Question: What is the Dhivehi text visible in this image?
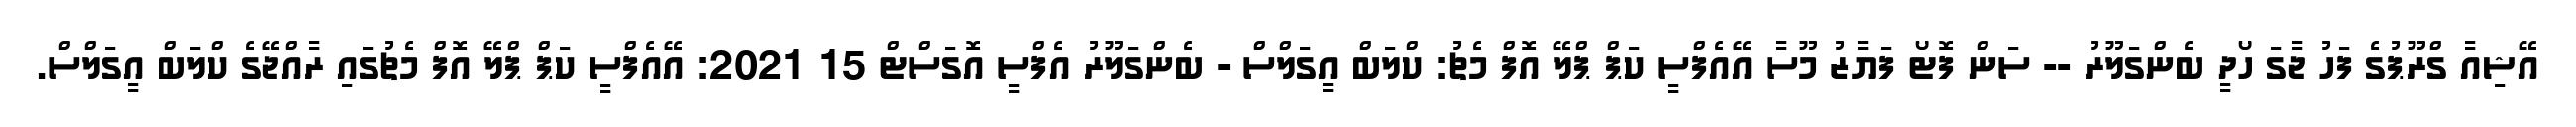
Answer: އޭޝިއާ ގްރޫޕުގެ ފަހު ޖާގަ ހޯދީ ބެންގަލޫރު -- ސަން ފޮޓޯ ފަޔާޒު މޫސާ އޭއެފްސީ ކަޕް ޕްލޭ އޮފް މެޗު: ކްލަބް އީގަލްސް - ބެންގަލޫރު އެފްސީ އޮގަސްޓް 15 2021: އޭއެފްސީ ކަޕް ޕްލޭ އޮފް މެޗުގައި ރާއްޖޭގެ ކްލަބް އީގަލްސް.